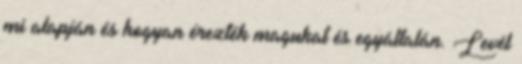
mi alapján és hogyan érezték magukat és egyáltalán. Levél